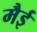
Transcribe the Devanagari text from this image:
मैई